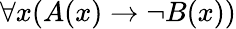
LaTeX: \forall x(A(x)\rightarrow\neg B(x))